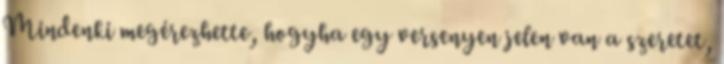
Mindenki megérezhette, hogyha egy versenyen jelen van a szeretet,